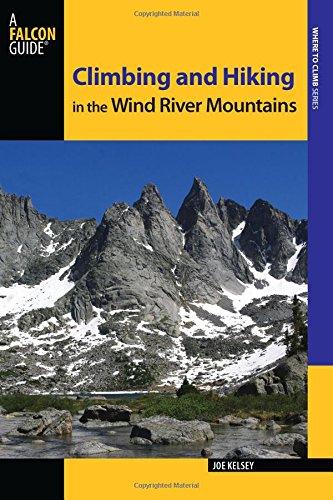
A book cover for Climbing and Hiking in the Wind River Mountains (Climbing Mountains Series); Joe Kelsey; Sports & Outdoors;